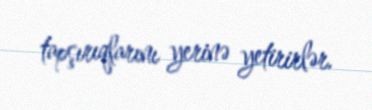
tapşırıqlarını yerinə yetirirlər.